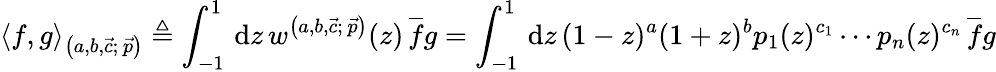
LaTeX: \left\langle f,g\right\rangle_{\left(a,b,\vec{c};\, \vec{p}\right)}\triangleq\int_{-1}^{1}\, \mathrm{d}z\, w^{\left(a,b,\vec{c};\, \vec{p}\right)}(z)\, \overline{{f}}g=\int_{-1}^{1}\, \mathrm{d}z\, (1-z)^{a}(1+z)^{b}p_{1}(z)^{c_{1}}\cdots p_{n}(z)^{c_{n}}\, \overline{{f}}g